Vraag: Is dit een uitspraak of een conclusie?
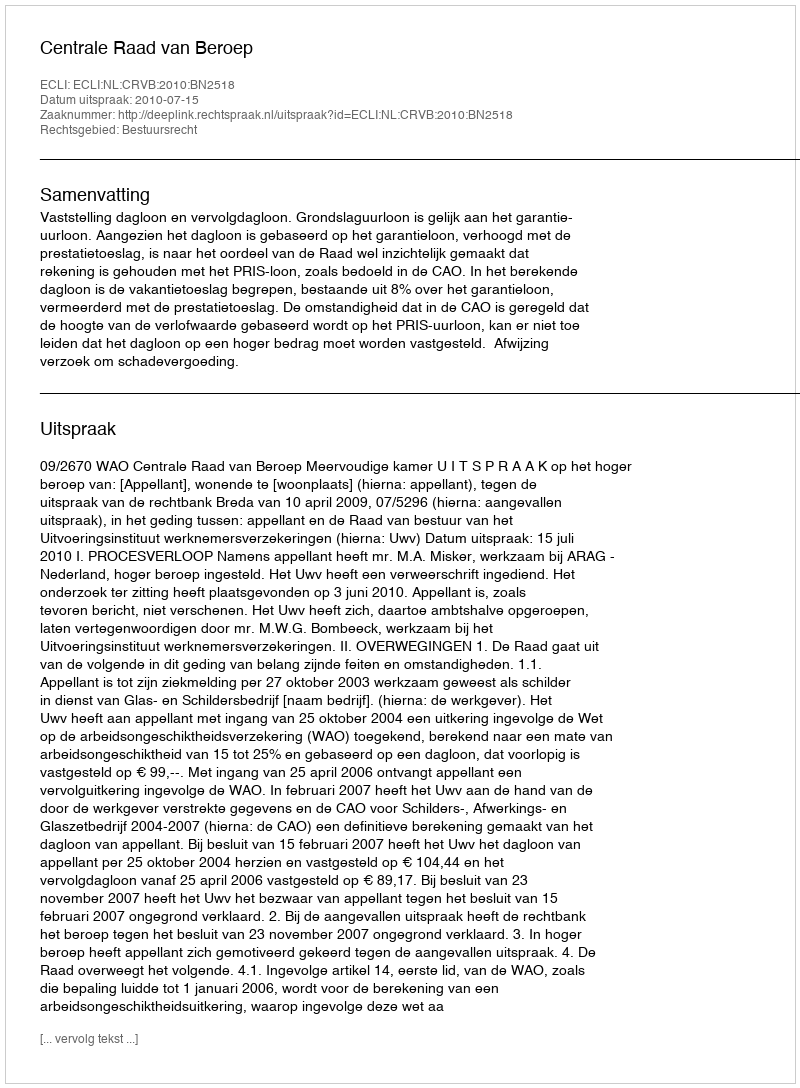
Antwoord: Uitspraak